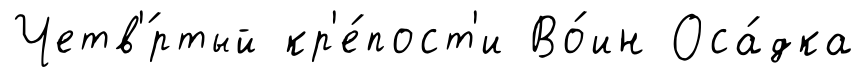
Четв'́ртый кр'е́пост'и Во́ин Оса́дка